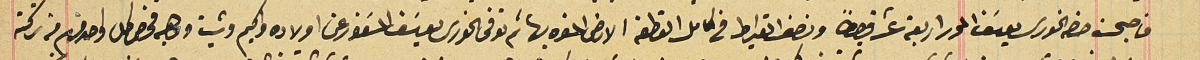
فاصبحت حصة الخوري يوسَف المحرر اربعة عشر قيراطاً ونصف القيراط في كامل القطعة الارض  المنوه بها ثم توفى الخورى يوسَف المسَفور عن اولاده واكيم وشيت ووهبه فخص كل واحد منهم من تركته